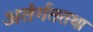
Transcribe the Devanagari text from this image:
अतंर्गततथा